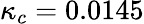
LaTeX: \kappa_{c}=0.0145